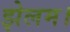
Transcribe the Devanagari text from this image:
झेलम।